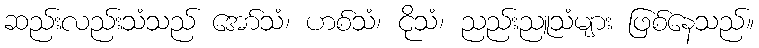
ဆည်းလည်းသံသည် အော်သံ၊ ဟစ်သံ၊ ငိုသံ၊ ညည်းညူသံများ ဖြစ်နေသည်။